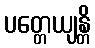
ပတ္တေယျန္တိ